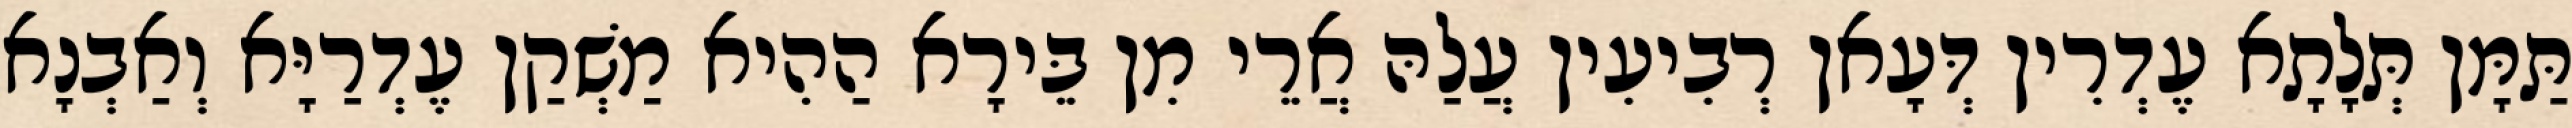
תַּמָּן תְּלָתָא עֶדְרִין דְּעָאן רְבִיעִין עֲלַהּ אֲרֵי מִן בֵּירָא הַהִיא מַשְׁקַן עֶדְרַיָּא וְאַבְנָא